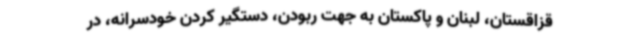
قزاقستان، لبنان و پاکستان به جهت ربودن، دستگیر کردن خودسرانه، در